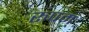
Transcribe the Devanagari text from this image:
रूपम्